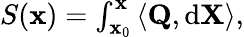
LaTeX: \begin{array}{r}{S(\mathbf{x})=\int_{\mathbf{x}_{0}}^{\mathbf{x}}\left\langle\mathbf{Q},\mathrm{d}\mathbf{X}\right\rangle,}\end{array}